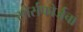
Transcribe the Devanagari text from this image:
सोर्सफोर्जचा